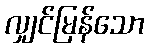
လျှင်မြန်သော